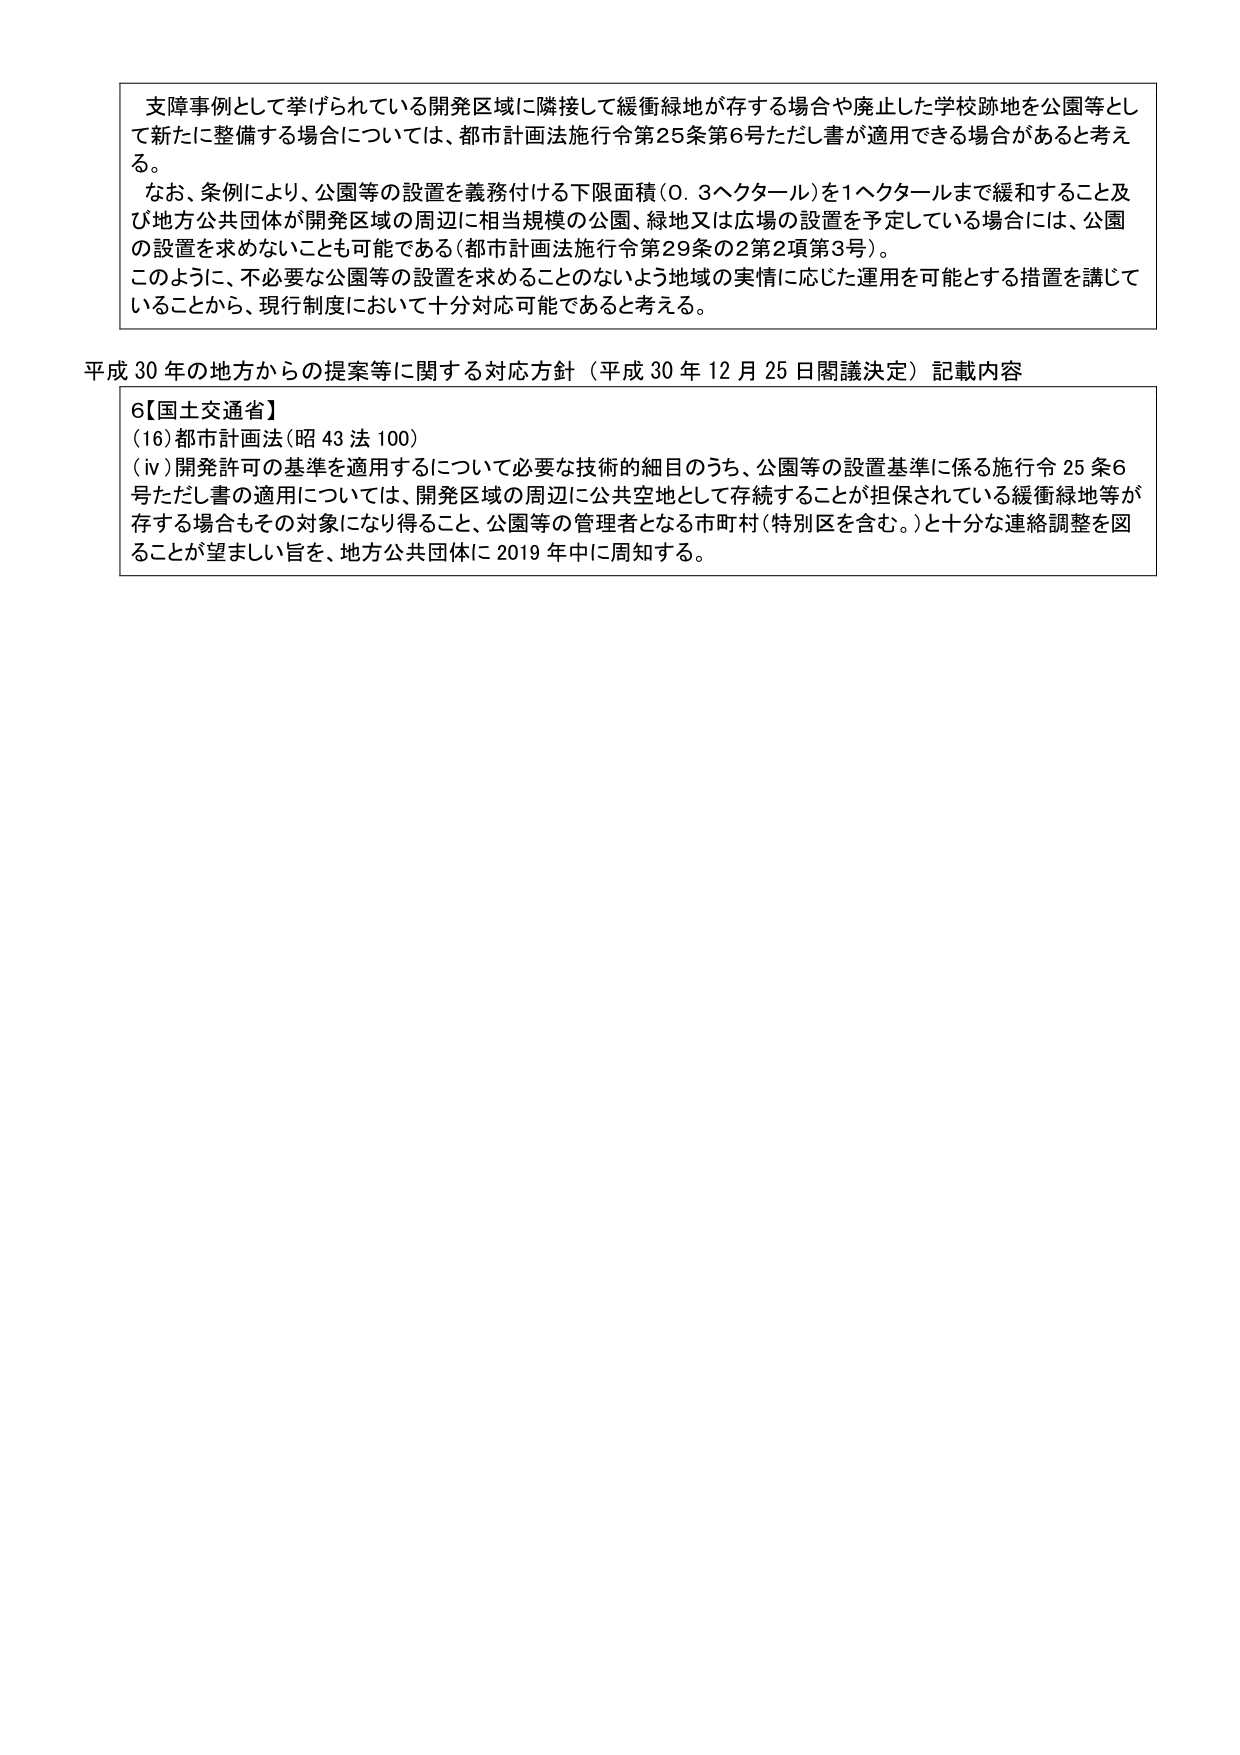
支障事例として挙げられている開発区域に隣接して緩衝緑地が存する場合や廃止した学校跡地を公園等として新たに整備する場合については、都市計画法施行令第25条第6号ただし書が適用できる場合があると考える。

なお、条例により、公園等の設置を義務付ける下限面積（0.3ヘクタール）を1ヘクタールまで緩和すること及び地方公共団体が開発区域の周辺に相当規模の公園、緑地又は広場の設置を予定している場合には、公園の設置を求めないことも可能である（都市計画法施行令第29条の2第2項第3号）。

このように、不必要な公園等の設置を求めることのないよう地域の実情に応じた運用を可能とする措置を講じていることから、現行制度において十分対応可能であると考える。

平成30年の地方からの提案等に関する対応方針（平成30年12月25日閣議決定）記載内容

6【国土交通省】
（16）都市計画法（昭43法100）
（ⅳ）開発許可の基準を適用するについて必要な技術的細目のうち、公園等の設置基準に係る施行令25条6号ただし書の適用については、開発区域の周辺に公共空地として存続することが担保されている緩衝緑地等が存する場合もその対象になり得ること、公園等の管理者となる市町村（特別区を含む。）と十分な連絡調整を図ることが望ましい旨を、地方公共団体に2019年中に周知する。